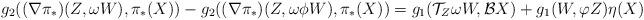
LaTeX: \begin{align*}g_{2}((\nabla \pi _{\ast })(Z,\omega W),\pi _{\ast}(X))-g_{2}((\nabla\pi _{\ast})(Z,\omega \phi W),\pi _{\ast}(X))&=g_{1}(\mathcal{T}_{Z}\omega W,\mathcal{B}X)+g_{1}(W,\varphi Z)\eta (X) \end{align*}